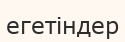
егетіндер